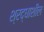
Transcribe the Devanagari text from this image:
श्रद्धाशील